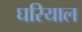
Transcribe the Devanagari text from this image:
घरियाल